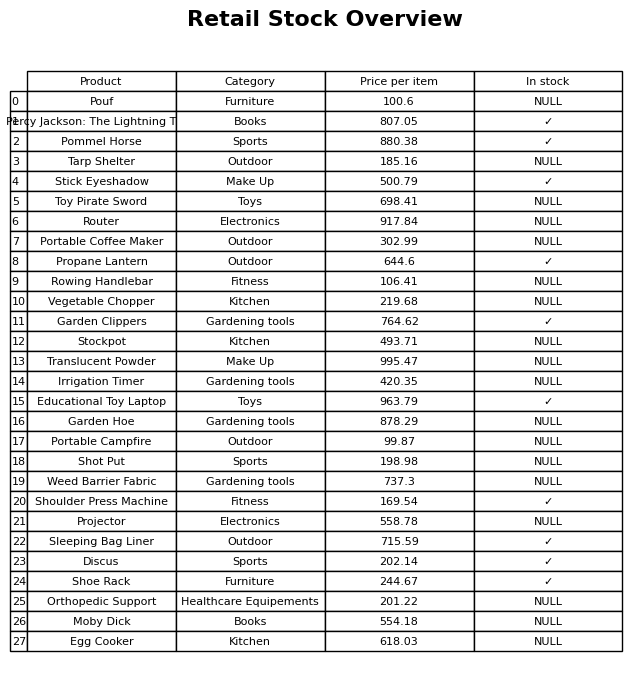
question: What is the stock status of the Moby Dick?
answer: NULL